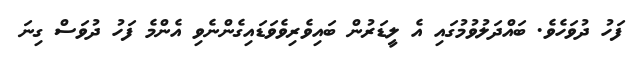
ފަހު ދުވަހެވެ. ބައްދަލުވުމުގައި އެ ލީޑަރުން ބައިވެރިވެވަޑައިގެންނެވި އެންމެ ފަހު ދުވަސް ގިނަ